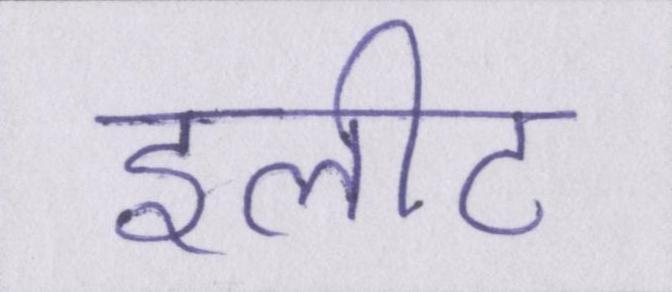
इलीट